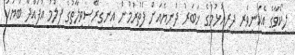
ލިކޯވާގެ އެކަނިވެރި ދިރިއުޅުމުގެ ޚަބަރު ދުނިޔެއަށް ފެތުރުމުން އިނގިރޭސިވިލާތުގެ ފިލްމު އުފައްދާ ބަޔަކު